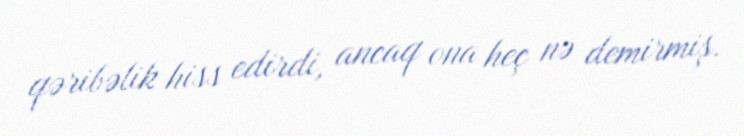
qəribəlik hiss edirdi, ancaq ona heç nə demirmiş.